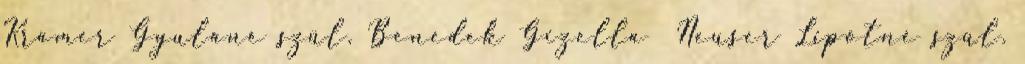
Krämer Gyuláné szül. Benedek Gizella Neuser Lipótné szül.